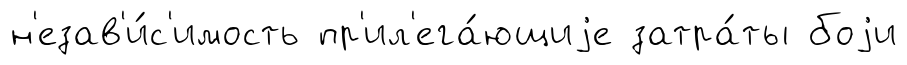
н'езав'и́с'имость пр'ил'ега́ющиjе затра́ты боjи